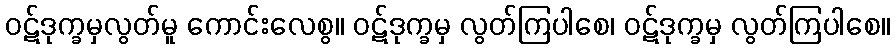
ဝဋ်ဒုက္ခမှလွတ်မူ ကောင်းလေစွ။ ဝဋ်ဒုက္ခမှ လွတ်ကြပါစေ၊ ဝဋ်ဒုက္ခမှ လွတ်ကြပါစေ။